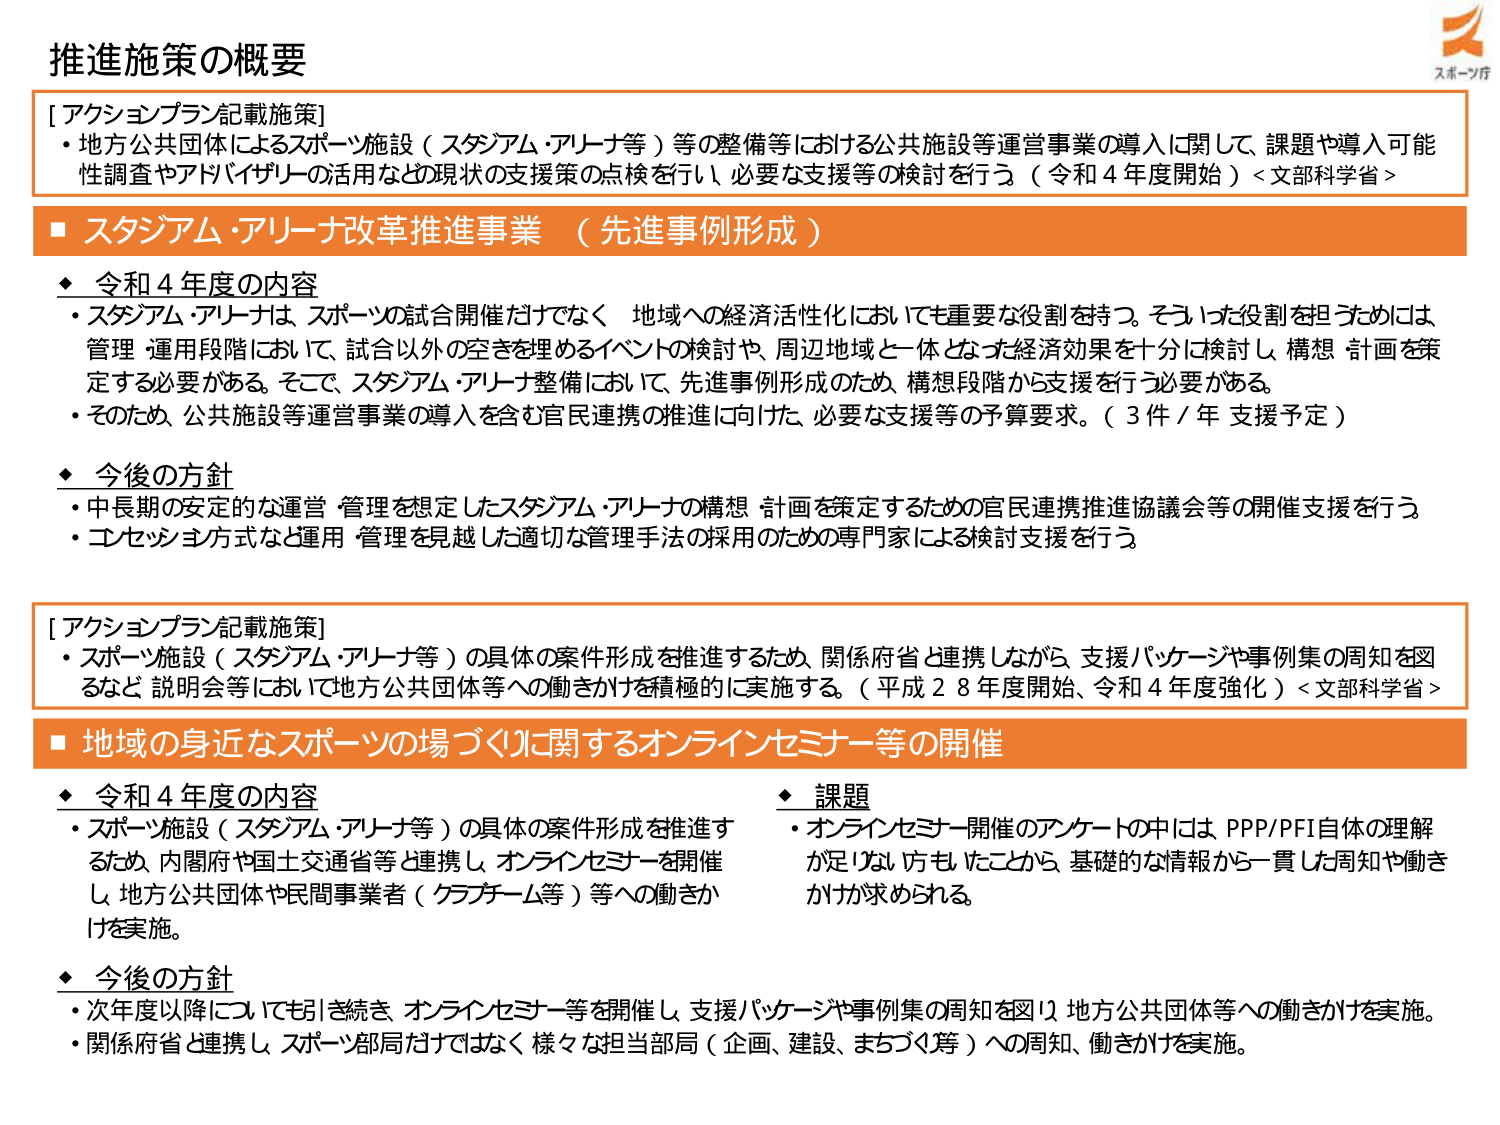
推進施策の概要

[アクションプラン記載施策]
・地方公共団体によるスポーツ施設（スタジアム・アリーナ等）等の整備等における公共施設等運営事業の導入に関して、課題や導入可能性調査やアドバイザリーの活用など現状の支援策の点検を行い、必要な支援等の検討を行う（令和４年度開始）<文部科学省>

■ スタジアム・アリーナ改革推進事業 （先進事例形成）

◆ 令和４年度の内容
・スタジアム・アリーナは、スポーツの試合開催だけでなく、地域への経済活性化においても重要な役割を持つ。そうした役割を担うためには、管理・運用段階において、試合以外の空きを埋めるイベントの検討や、周辺地域と一体となった経済効果を十分に検討し、構想・計画を策定する必要がある。そこで、スタジアム・アリーナ整備において、先進事例形成のため、構想段階から支援を行う必要がある。
・そのため、公共施設等運営事業の導入を含む官民連携の推進に向けた、必要な支援等の予算要求。（3件／年 支援予定）

◆ 今後の方針
・中長期の安定的な運営・管理を想定したスタジアム・アリーナの構想・計画を策定するための官民連携推進協議会等の開催支援を行う。
・コンセッション方式など運用・管理を見越した適切な管理手法の採用のための専門家による検討支援を行う。

[アクションプラン記載施策]
・スポーツ施設（スタジアム・アリーナ等）の具体的案件形成を推進するため、関係府省と連携しながら、支援パッケージや事例集の周知を図るなど、説明会等において地方公共団体等への働きかけを積極的に実施する。（平成28年度開始、令和4年度強化）<文部科学省>

■ 地域の身近なスポーツの場づくりに関するオンラインセミナー等の開催

◆ 令和４年度の内容
・スポーツ施設（スタジアム・アリーナ等）の具体的案件形成を推進するため、内閣府や国土交通省等と連携し、オンラインセミナーを開催し、地方公共団体や民間事業者（クラウドチーム等）等への働きかけを実施。

◆ 今後の方針
・次年度以降についても引き続き、オンラインセミナー等を開催し、支援パッケージや事例集の周知を図り、地方公共団体等への働きかけを実施。
・関係府省と連携し、スポーツ部局だけではなく、様々な担当部局（企画、建設、まちづくり等）への周知、働きかけを実施。

◆ 課題
・オンラインセミナー開催のアンケートの中には、PPP/PFI自体の理解が足りない方もいたことから、基礎的な情報から一貫した周知や働きかけが求められる。

スポーツ庁